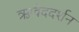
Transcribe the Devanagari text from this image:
ऋग्वेददर्शन